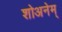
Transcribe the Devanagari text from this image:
शोअनेम्